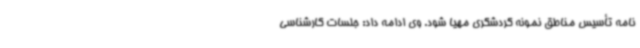
نامه تأسیس مناطق نمونه گردشگری مهیا شود. وی ادامه داد: جلسات کارشناسی